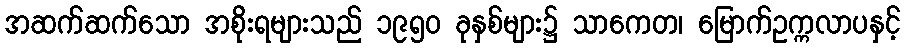
အဆက်ဆက်သော အစိုးရများသည် ၁၉၅၀ ခုနှစ်များ၌ သာကေတ၊ မြောက်ဥက္ကလာပနှင့်